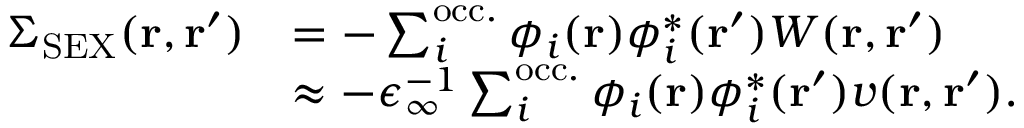
\begin{array} { r l } { \Sigma _ { \mathrm { S E X } } ( \mathbf { r } , \mathbf { r } ^ { \prime } ) } & { = - \sum _ { i } ^ { \mathrm { o c c . } } \phi _ { i } ( \mathbf { r } ) \phi _ { i } ^ { * } ( \mathbf { r } ^ { \prime } ) W ( \mathbf { r } , \mathbf { r } ^ { \prime } ) } \\ & { \approx - \epsilon _ { \infty } ^ { - 1 } \sum _ { i } ^ { \mathrm { o c c . } } \phi _ { i } ( \mathbf { r } ) \phi _ { i } ^ { * } ( \mathbf { r } ^ { \prime } ) v ( \mathbf { r } , \mathbf { r } ^ { \prime } ) . } \end{array}